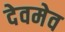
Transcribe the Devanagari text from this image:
देवमेव